Statistical return of the lunatic asylum in Assam - 1912-1932
Year: 1912
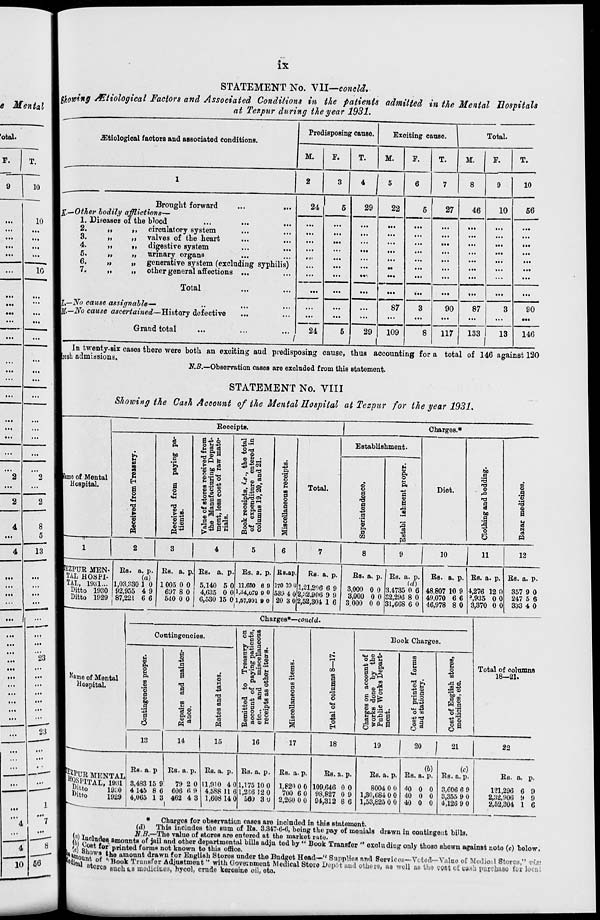
ix
e Mental
STATEMENT No. VII—eoneld.
Ufiowfaff Aitiological Factors aftd Associated Conditions in the patients admitted in the Mental Hospitals
at Tezpur during the year 1931.
'otal.
F.
T.
9
10
.ZTCtiological factors and aBsociated conditions.
Predisposing cause.
Exciting cause.
Total.
M.
F.
T.
M.
T.
M.
F.
T.
10
Brought forward
Ijjf,—Other bodily afflictions—
1. Diseases of the blood
10
»•■
til
...
...
...
...
...
...
——
...
...
...
...
...
...
,
...
...
...
...
8
5
13
23
23
2.
it
ii
8.
it
ti
4.
ii
i»
5,
>i
tt
6.
M
it
7.
>t
it
circulatory system
valves of the heart
digestive system
urinary organs
generative system (excluding syphilis)
other general affections ...
Total
I,—No cause assignable—
r .—No cause ascertained—History defective
Grand total
24
5
29
22
...
...
...
...
...
...
...
...
...
...
...
...
...
...
...
...
,c
...
...
...
...
...
...
..
...
..-
...
...
...
87
...
...
...
24
1
...
...
...
5
29
1
109
27
46
8
90
117
10
10
56
87
90
133 I
13
146
In twenty-six cases there were both an exciting aud predisposing cause, thus accounting for a total of 146 against 120
IresLi admissions.
N.J3.~Observation cases are excluded from this statement.
STATEMENT No. VIII
Showing the Cash Account of the Mental Hospital at Tezpur for the year 1931.
Beceiptn.
Charges.*
"3 a
Establishment.
i s
bo
O
&
C S d
5 SP*
the to
entered
d21.
on
bo
§
lame of Mental
s
0
fk
©•Co
a
'3 6
o
H
P«
n3
on
Hospital.
0
o
OB.E<M
H
to
Total.
8
P
•M
Diet.
CD
.S
5
M
u
■fi B a
ID a oo
receipt
xpendi
ana 19,
§ 9
a
i
1
5
8
■a
«
t3
3
bo
P
?3
CD
a
I
O CD
Value
the
mont
rials
Book
of e
colui
^3 u
m
g
CD
P.
P
1
M
1 en
1 o
5
S
pq
I
2
3
4
5
6
7
8
9
10
11
12
IEZPUR MEN- Bs. a. p. BB. a. p . Bs. a. p Bs. a. p. Rs.ap
RB. a. p.
Bs. a. p. Bs. a. p.
Bs. a. p. Bs. a P- Bs. a. p.
|TAL HOSPI-
(a)
(d)
|TAL, 1031... 1,08.880 1 0 1 005 0 0 5,140 5 ( ) 11.660 6 9 170 10 (J 1,21,206 6 9 3,000 0 0 3,4735 0 6 48 807 10 9 4,276 12 fl 357 9 0
I Ditto 1930 92,955 4 9
697 8 0 4,635 0 ( ) M4.079 9 0 539 4 0 2,:i2.906 9 0
3,000 0 0 32,296 8 0 49,070 6 6 >,935 0 0 247 5 6
■ Ditto 1929 87,221 6 6
540 0 0 6,530 15 C > 1,57.931 9 0 20 3 0 2,52,304 1 6 3.000 0 0 31,668 6 0 46,978 8 0 3,370 0 c 333 4 0
Charges*—conoid.
Contingencies.
Nome of Mental
Hospital.
<D
I
bo
•I
CI
13
feffB MENTAL
I^SPITAL, 1981
j^Jtto
19;;0
D »tto
1929
J
R
•a
a
PI
ci
P.
W
S PV
to
CD
ca
a
si
m
CD
e3
M
an
S P-S-"
£
rP
Pi
i=>
o
o
CD g
-*3
•2 O I 9
fltjoo
<D
W
0
o
CD
CD
O
m
9
1
o
o
o
H
Book Charges.
,-*> 03
P.
CD
P
S ^a
I M
OS CDM
M B O
P Ob»
*!>
CD 03.2
.
»- n fl a
03 O P CD
g ^5 a
5r5|
03
a
M
o
S ff
P P
B.i P +a
O oa
" P
3
o
03
2
.0 O
03 ■«
« 5
60
03
w
1^ CD
s a
Total of columnB
18—21.
14
15
Bs. a. p
3,483 15 9
4 145 8 6
4,065 1 3
Bs. a. p.
79
606
462
2 0
6 0
4 3
BB. a. p.
11,910 4 0
4,588 11 6
1,608 14 0
16
17
Bs. a. p.
1,175 10 0
1,216 12 0
560 3 0
BB. a. p.
1,820 0 0
700 6 0
2,260 0 0
18
19
20
1
21
22
Bs. a. p.
109,646 0 0
98,827 0 9
94,312 8 6
Bs. a. p.
8004 0 0
1,30,684 0 0
1,53,825 0 0
(b)
Bs. a. p.
40 0 0
40 0 0
40 0 0
«
(c)
Es. a. p.
3,606 6 9
3,355 9 0
4,126 9 0
BB. a. p.
121,296 6 0
2,32.906 9 9
2,52,804 1 6
66
* Charges for observation cases are included in this statemont.
(d) This includos the sum of BB. 3,347-6-6, hoing tho pay of menials drawn in contingent bills.
, .
N.B.—The value of stores are entered at the market rate.
(M ff 10^08 . amounts of jail and other departmental bills adju tod by " Book Transfor " oxoludiug only thoso Bhewu againBt noto (c) below.
lei RV°8* ' or printed forms not known to this office.
ton * '*• the amoant drawn for English Stores undor the Budget Head—" Supplies nnd Services—Votod—Valuo of Medio.il Stores," ■ ;■!.-•
dinnV* i of ''Book TruiiBfor AdjuBtmout " with Government Medical Stoto I>ep6t and others, as well as the cost o£ w-ih purcbaeo for loeni
Nioai Btoree Buoh us inodiciuea, hyool, crude kerosiuo oil, oto.